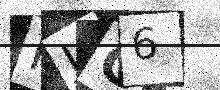
Text: PJG6